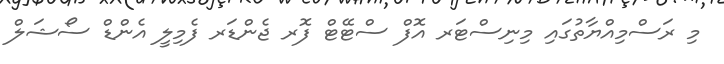
މި ރަސްމިއްޔާތުގައި މިނިސްޓަރ އޮފް ސްޓޭޓް ފޮރ ޖެންޑަރ ފެމިލީ އެންޑް ސޯޝަލް